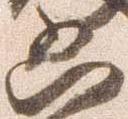
凶